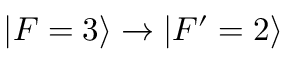
\vert F = 3 \rangle \rightarrow \vert F ^ { \prime } = 2 \rangle